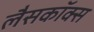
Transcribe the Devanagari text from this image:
लैसकॉक्स